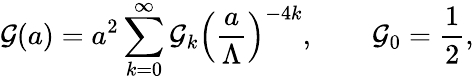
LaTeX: {\cal G}(a)=a^{2}\sum_{k=0}^{\infty}{\cal G}_{k}\left({\frac{a}{\Lambda}}\right)^{-4k},\qquad{\cal G}_{0}={\frac{1}{2}},